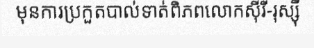
មុនការប្រកួតបាល់ទាត់ពិភពលោកស៊ីរី-រុស្ស៊ី